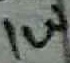
Text: 1W